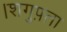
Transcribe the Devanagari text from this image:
।शगुफ़्ता